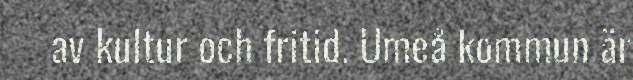
av kultur och fritid. Umeå kommun är